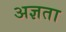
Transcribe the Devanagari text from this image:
अज्ञता